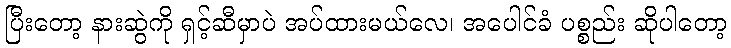
ပြီးတော့ နားဆွဲကို ရှင့်ဆီမှာပဲ အပ်ထားမယ်လေ၊ အပေါင်ခံ ပစ္စည်း ဆိုပါတော့